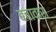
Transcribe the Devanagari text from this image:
बचावास